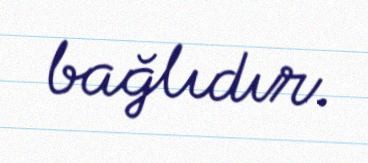
bağlıdır.